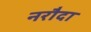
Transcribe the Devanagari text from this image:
नरौदा